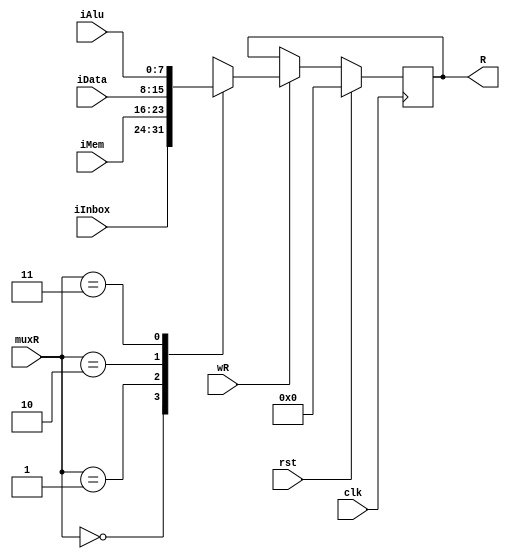
`default_nettype none

module REG (
        input clk,              // clock
        input [7:0] iInbox,
        input [7:0] iAlu,
        input [7:0] iMem,
        input [7:0] iData,
        // control signals
        input wire [1:0] muxR,   // source mux select
        input wR,                // enable signal
        input rst,
        // output: register value
        output reg signed [7:0] R
    );

    initial R = 0;

    always @(posedge clk) begin
        if(rst)
            R <= 8'b0;
        else if(wR)
        begin
            case (muxR)
              2'b00: R <= iInbox;
              2'b01: R <= iMem;
              2'b10: R <= iData;
              2'b11: R <= iAlu;
              default: R <= 8'bx;
            endcase
        end
        else
            R <= R;
    end

`ifndef SYNTHESIS
    always @(R)
       $display("%t DEBUG R=%h", $time, R);
`endif

`ifdef FORMAL

    reg	f_past_valid;
    initial	f_past_valid = 1'b0;
    always @(posedge clk)
        f_past_valid <= 1'b1;

    always @(*) assert( ^R == 1'b0 || ^R == 1'b1 ); // XOR all bits --> no X/Z bits in ^R

`endif

endmodule